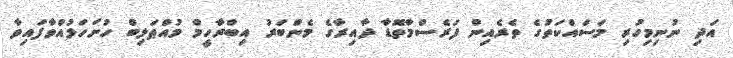
އަދި ނުނިމިހުރި މަސައްކަތުގެ ތެރެއިން ފަރެސްމާތޮޑާ ދާއިރާގެ މެންބަރު އިބްރާހީމް މުއްޠަލިބް ހުށަހަޅުއްވާފައިވާ